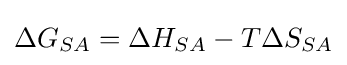
\Delta G_{SA}=\Delta H_{SA}-T\Delta S_{SA}